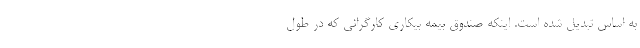
به اساس تبدیل شده است. اینکه صندوق بیمه بیکاری کارگرانی که در طول